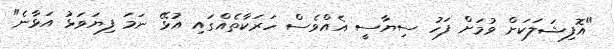
"އޮފިޝަލަކަށް ވުމަށް ފަހު ސިޔާސީ އެއްވެސް ހަރަކާތެއްގައި އުޅޭ ނަމަ ފިޔަވަޅު އަޅާނެ"